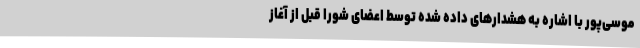
موسی‌پور با اشاره به هشدارهای داده شده توسط اعضای شورا قبل از آغاز